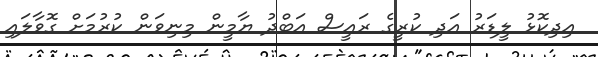
އިދިކޮޅު ލީޑަރު އަދި ކުރީގެ ރައީސް އަބްދު ޔާމީން މިނިވަން ކުރުމަށް ގޮވާލައި